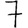
Digit: 7